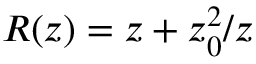
R ( z ) = z + z _ { 0 } ^ { 2 } / z